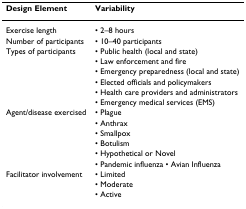
| Design Element | Variability |
 | --- | --- |
 | Exercise length | • 2–8 hours |
 | Number of participants | • 10–40 participants |
 | Types of participants | • Public health (local and state) |
 |  | • Law enforcement and fire |
 |  | • Emergency preparedness (local and state) |
 |  | • Elected officials and policymakers |
 |  | • Health care providers and administrators |
 |  | • Emergency medical services (EMS) |
 | Agent/disease exercised | • Plague |
 |  | • Anthrax |
 |  | • Smallpox |
 |  | • Botulism |
 |  | • Hypothetical or Novel |
 |  | • Pandemic influenza • Avian Influenza |
 | Facilitator involvement | • Limited |
 |  | • Moderate |
 |  | • Active |